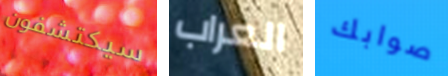
سيكتشفون العراب صوابك